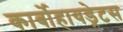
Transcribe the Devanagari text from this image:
कार्बोहायड्रेटस